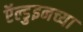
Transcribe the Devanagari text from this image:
ऍल्डुइनच्या